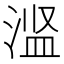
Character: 𬈋